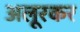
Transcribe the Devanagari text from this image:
अलूरकर